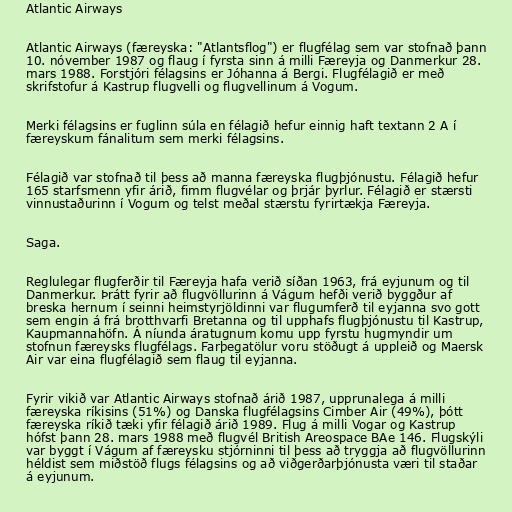
Atlantic Airways

Atlantic Airways (færeyska: "Atlantsflog") er flugfélag sem var stofnað þann
10. nóvember 1987 og flaug í fyrsta sinn á milli Færeyja og Danmerkur 28.
mars 1988. Forstjóri félagsins er Jóhanna á Bergi. Flugfélagið er með
skrifstofur á Kastrup flugvelli og flugvellinum á Vogum.

Merki félagsins er fuglinn súla en félagið hefur einnig haft textann 2 A í
færeyskum fánalitum sem merki félagsins.

Félagið var stofnað til þess að manna færeyska flugþjónustu. Félagið hefur
165 starfsmenn yfir árið, fimm flugvélar og þrjár þyrlur. Félagið er stærsti
vinnustaðurinn í Vogum og telst meðal stærstu fyrirtækja Færeyja.

Saga.

Reglulegar flugferðir til Færeyja hafa verið síðan 1963, frá eyjunum og til
Danmerkur. Þrátt fyrir að flugvöllurinn á Vágum hefði verið byggður af
breska hernum í seinni heimstyrjöldinni var flugumferð til eyjanna svo gott
sem engin á frá brotthvarfi Bretanna og til upphafs flugþjónustu til Kastrup,
Kaupmannahöfn. Á níunda áratugnum komu upp fyrstu hugmyndir um
stofnun færeysks flugfélags. Farþegatölur voru stöðugt á uppleið og Maersk
Air var eina flugfélagið sem flaug til eyjanna.

Fyrir vikið var Atlantic Airways stofnað árið 1987, upprunalega á milli
færeyska ríkisins (51%) og Danska flugfélagsins Cimber Air (49%), þótt
færeyska ríkið tæki yfir félagið árið 1989. Flug á milli Vogar og Kastrup
hófst þann 28. mars 1988 með flugvél British Areospace BAe 146. Flugskýli
var byggt í Vágum af færeysku stjórninni til þess að tryggja að flugvöllurinn
héldist sem miðstöð flugs félagsins og að viðgerðarþjónusta væri til staðar
á eyjunum.